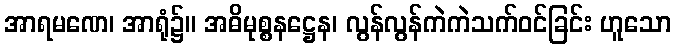
အာရမဏေ၊ အာရုံ၌။ အဓိမုစ္စနဋ္ဌေန၊ လွန်လွန်ကဲကဲသက်ဝင်ခြင်း ဟူသော